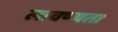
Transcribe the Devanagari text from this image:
लावण्‍यता